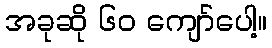
အခုဆို ၆၀ ကျော်ပေါ့။